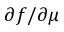
\partial f / \partial \mu